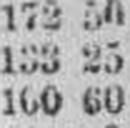
160 60